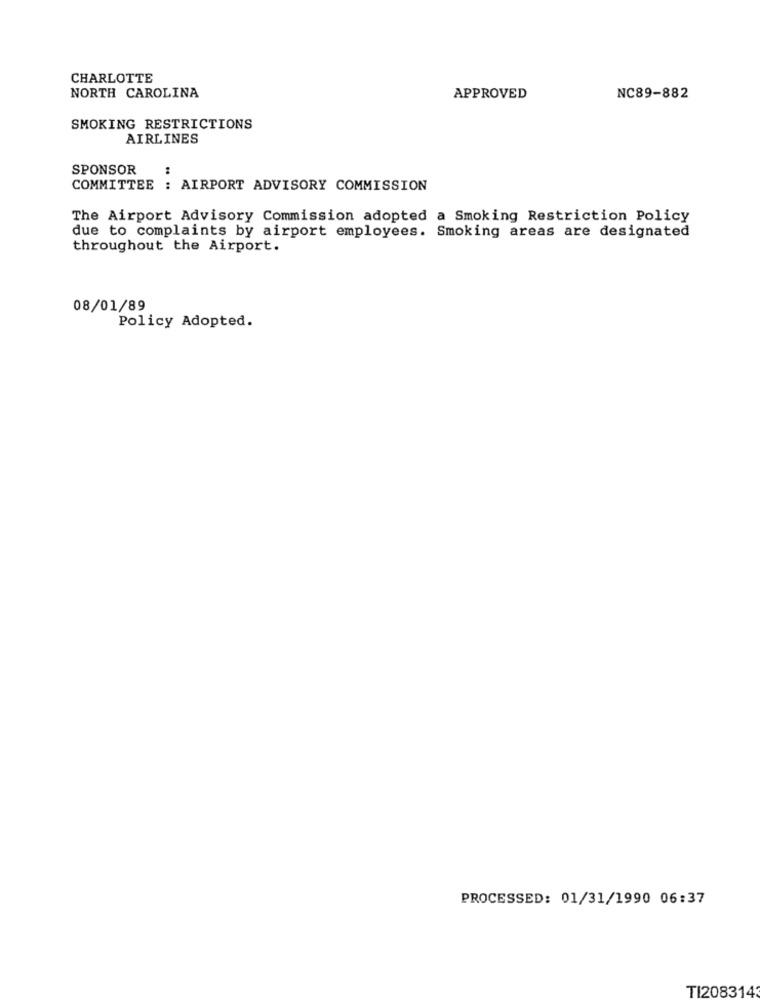
CHARLOTTE
NORTH CAROLINA
APPROVED
NC89-882
SMOKING RESTRICTIONS
AIRLINES
SPONSOR
:
COMMITTEE : AIRPORT ADVISORY COMMISSION
The Airport Advisory Commission adopted a Smoking Restriction Policy
due to complaints by airport employees. Smoking areas are designated
throughout the Airport.
08/01/89
Policy Adopted.
PROCESSED: 01/31/1990 06:37
TI2083143